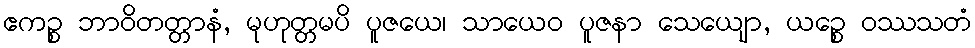
ဧကဉ္စ ဘာဝိတတ္တာနံ, မုဟုတ္တမပိ ပူဇယေ၊ သာယေဝ ပူဇနာ သေယျော, ယဉ္စေ ဝဿသတံ